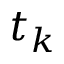
t _ { k }